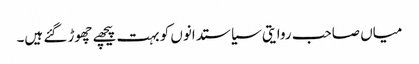
میاں صاحب روایتی سیاستدانوں کو بہت پیچھے چھوڑ گئے ہیں۔